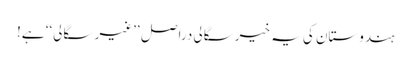
ہندوستان کی یہ خیرسگالی دراصل ’’غیر سگالی‘‘ ہے!